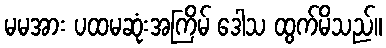
မမအား ပထမဆုံးအကြိမ် ဒေါသ ထွက်မိသည်။